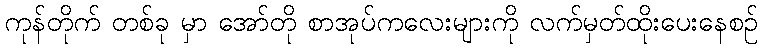
ကုန်တိုက် တစ်ခု မှာ အော်တို စာအုပ်ကလေးများကို လက်မှတ်ထိုးပေးနေစဉ်